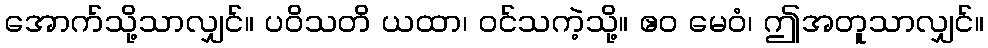
အောက်သို့သာလျှင်။ ပဝိသတိ ယထာ၊ ဝင်သကဲ့သို့။ ဧဝ မေဝံ၊ ဤအတူသာလျှင်။